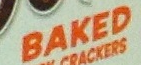
BAKED